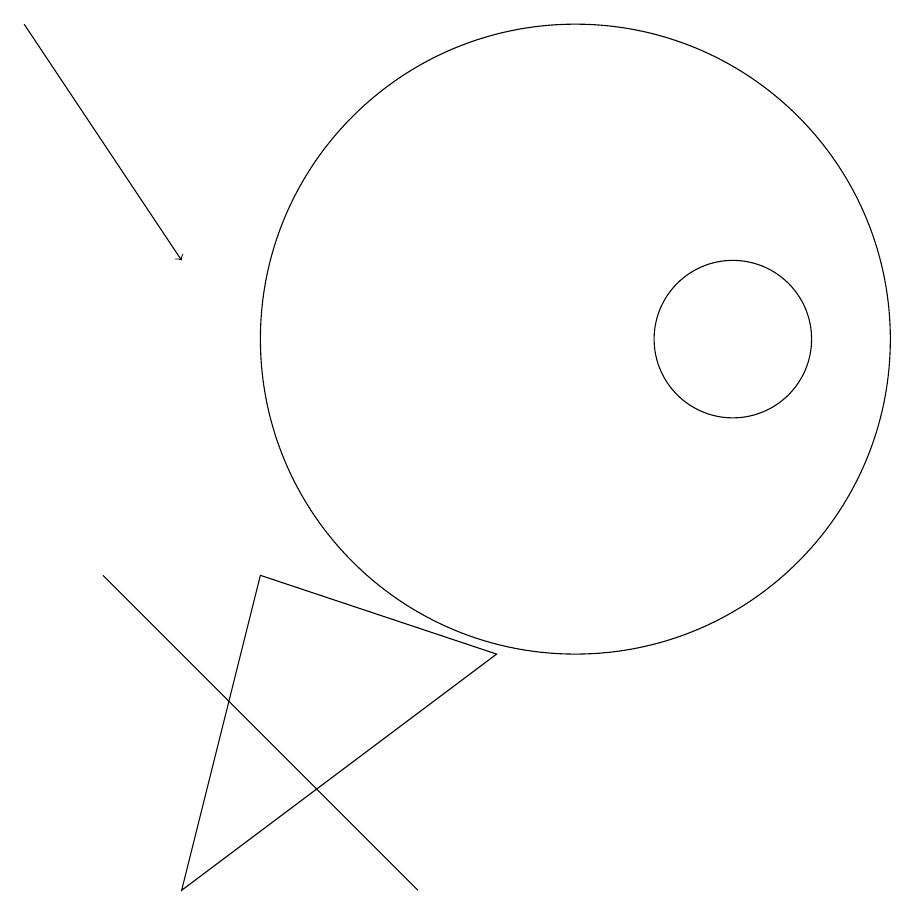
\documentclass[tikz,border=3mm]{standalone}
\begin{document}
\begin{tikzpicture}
\draw (5,3) -- (6,7) -- (9,6) -- cycle;
\draw[->] (3,14) -- (5,11);
\draw (8,3) -- (4,7) -- (6,5) -- cycle;
\draw (12,10) circle (1);
\draw (10,10) circle (4);
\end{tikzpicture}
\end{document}